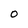
Character: 0